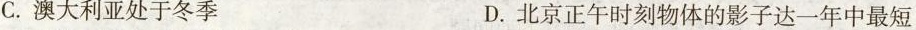
C.澳大利亚处于冬季 D.北京正午时刻物体的影子达一年中最短